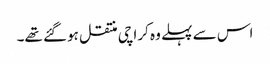
اس سے پہلے وہ کراچی منتقل ہوگئے تھے۔